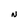
Character: N